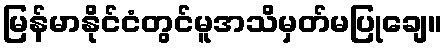
မြန်မာနိုင်ငံတွင်မူအသိမှတ်မပြုချေ။